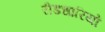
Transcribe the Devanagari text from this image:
रीडधारियों